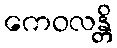
ကေဝလန္တိ